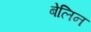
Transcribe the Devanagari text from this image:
बेलिन